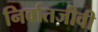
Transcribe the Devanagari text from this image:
निर्वातजीवी